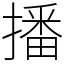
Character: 播